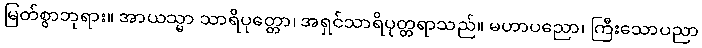
မြတ်စွာဘုရား။ အာယသ္မာ သာရိပုတ္တော၊ အရှင်သာရိပုတ္တရာသည်။ မဟာပညော၊ ကြီးသောပညာ